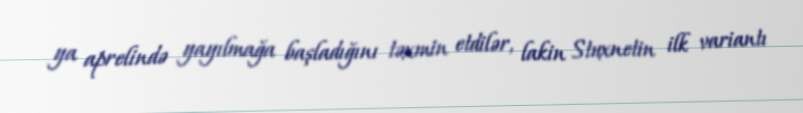
ya aprelində yayılmağa başladığını təxmin etdilər, lakin Stuxnetin ilk variantı